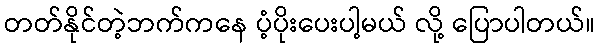
တတ်နိုင်တဲ့ဘက်ကနေ ပံ့ပိုးပေးပါ့မယ် လို့ ပြောပါတယ်။